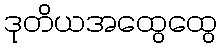
ဒုတိယအထွေထွေ